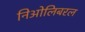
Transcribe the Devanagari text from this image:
निओलिबरल